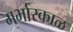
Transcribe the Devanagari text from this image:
गर्भारकाळ